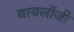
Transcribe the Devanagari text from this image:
बायलॉजी